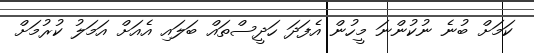
ކަމަށް ބުނެ ނުކުންނަ މީހުން އެފަދަ ހަދީސްތައް ބަލައި އެއަށް އަމަލު ކުރުމަށް